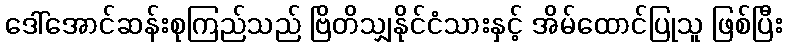
ဒေါ်အောင်ဆန်းစုကြည်သည် ဗြိတိသျှနိုင်ငံသားနှင့် အိမ်ထောင်ပြုသူ ဖြစ်ပြီး